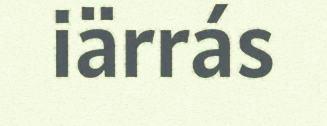
iärrás